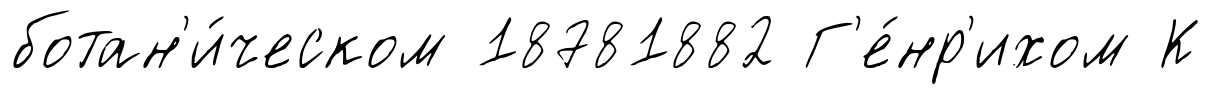
ботан'и́ческом 18781882 Г'е́нр'ихом К